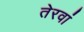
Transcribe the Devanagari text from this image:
तेरवां